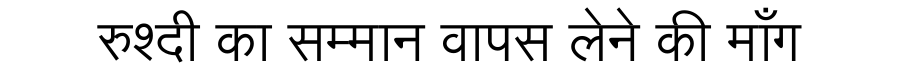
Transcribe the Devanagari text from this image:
रुश्दी का सम्मान वापस लेने की माँग